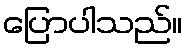
ပြောပါသည်။